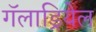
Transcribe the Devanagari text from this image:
गॅलाड्रियेल